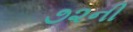
૭૨ની